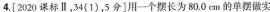
4.[2020课标Ⅱ，34(1)，5分]用一个摆长为80.0cm的单摆做实